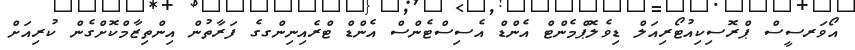
އޯވަރސީސް ޕްރޮސިކިއުޓޯރިއަލް ޑިވެލޮޕްމެންޓް އެންޑް އެސިސްޓެންސް އެންޑް ޓްރެއިނިންގގެ ފަރާތުން އިންތިޒާމްކޮށްގެން ކުރިއަށް